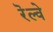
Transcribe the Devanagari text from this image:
रॆल्वे